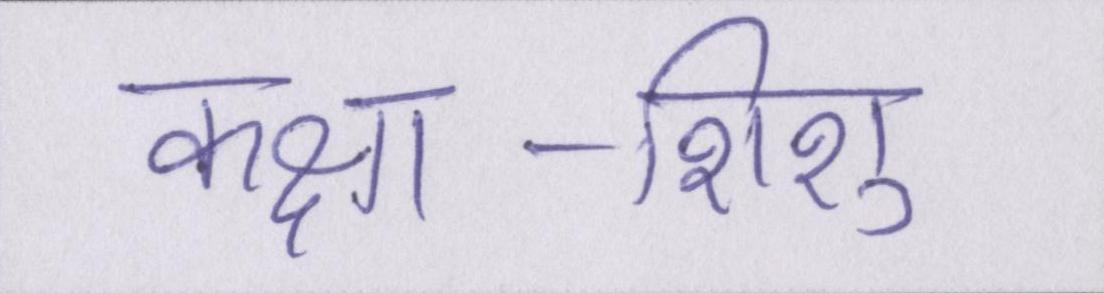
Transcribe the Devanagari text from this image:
कक्षा-शिशु